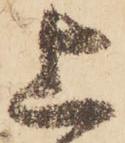
上